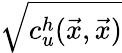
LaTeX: \sqrt{c_{u}^{h}(\vec{x},\vec{x})}